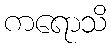
ကရောသိ